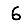
Digit: 6